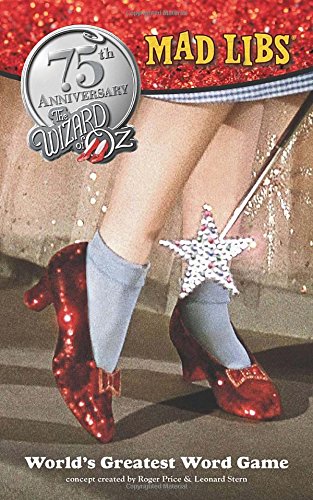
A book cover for The Wizard of Oz Mad Libs; Roger Price; Children's Books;